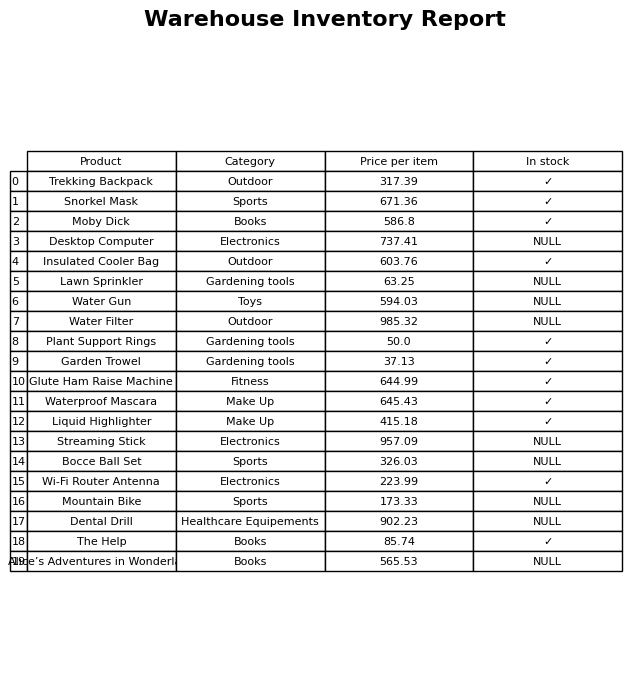
question: What is the price for Garden Trowel?
answer: The price of Garden Trowel is 37.13.